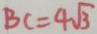
B C = 4 \sqrt { 3 }